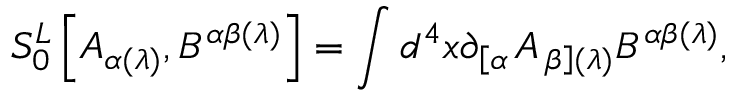
S _ { 0 } ^ { L } \left[ A _ { \alpha ( \lambda ) } , B ^ { \alpha \beta ( \lambda ) } \right] = \int d ^ { 4 } x \partial _ { \left[ \alpha \right. } A _ { \left. \beta \right] ( \lambda ) } B ^ { \alpha \beta ( \lambda ) } ,